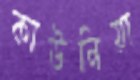
কাউনিয়া